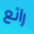
رائع